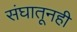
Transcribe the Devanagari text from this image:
संघातूनही